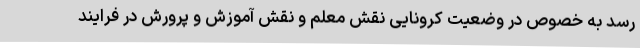
رسد به خصوص در وضعیت کرونایی نقش معلم و نقش آموزش و پرورش در فرایند